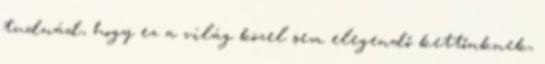
tudnád, hogy ez a világ közel sem elegendő kettőnknek,